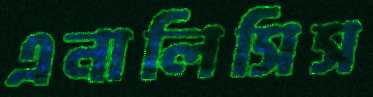
এনালিসিস